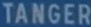
TANGER